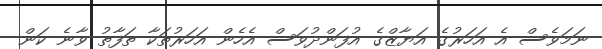
ނަމަވެސް އެ އަހަރުގެ އަޔާޒްގެ އުފަންދުވަސް އެހެން އަހަރުތަކާ ތަފާތު ވާނެ ކަން